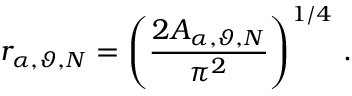
r _ { \alpha , \boldsymbol { \vartheta } , N } = \left( \frac { 2 A _ { \alpha , \boldsymbol { \vartheta } , N } } { \pi ^ { 2 } } \right) ^ { 1 / 4 } \, .